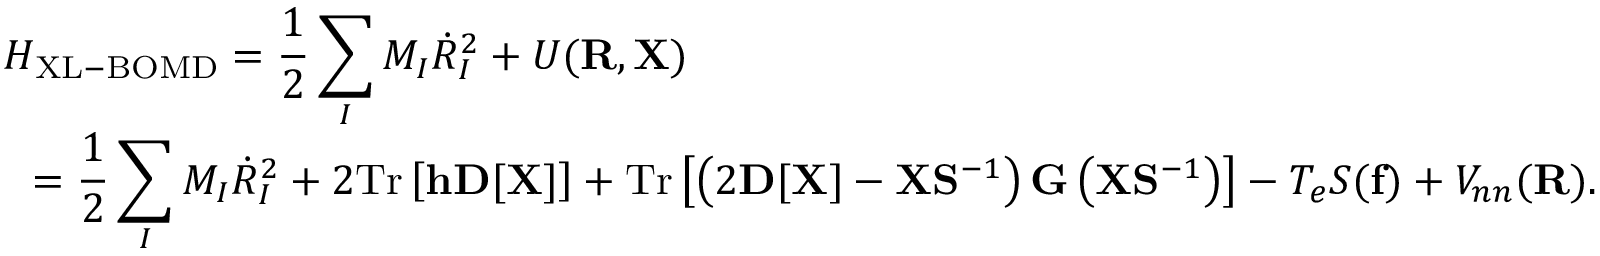
\begin{array} { l } { { \displaystyle { \cal H } _ { \mathrm { X L - B O M D } } = \frac { 1 } { 2 } \sum _ { I } M _ { I } { \dot { R } } _ { I } ^ { 2 } + { \cal U } ( { \bf R } , { \bf X } ) } \ ~ } \\ { { \displaystyle ~ ~ = \frac { 1 } { 2 } \sum _ { I } M _ { I } { \dot { R } } _ { I } ^ { 2 } + 2 \mathrm { T r } \left[ { \bf h } { \bf D } [ { \bf X } ] \right] + \mathrm { T r } \left[ \left( 2 { \bf D } [ { \bf X } ] - { \bf X } { \bf S } ^ { - 1 } \right) { \bf G } \left( { \bf X } { \bf S } ^ { - 1 } \right) \right] - T _ { e } { \cal S } ( { \bf f } ) + V _ { n n } ( { \bf R } ) } . } \end{array}